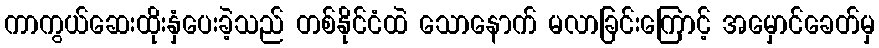
ကာကွယ်ဆေးထိုးနှံပေးခဲ့သည် တစ်နိုင်ငံထဲ သောနောက် မလာခြင်းကြောင့် အမှောင်ခေတ်မှ